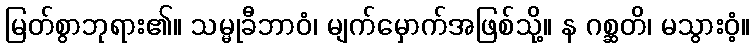
မြတ်စွာဘုရား၏။ သမ္မုခီဘာဝံ၊ မျက်မှောက်အဖြစ်သို့။ န ဂစ္ဆတိ၊ မသွားဝံ့။